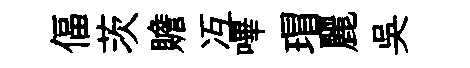
偪茨贍冱嗶瑁麗吳